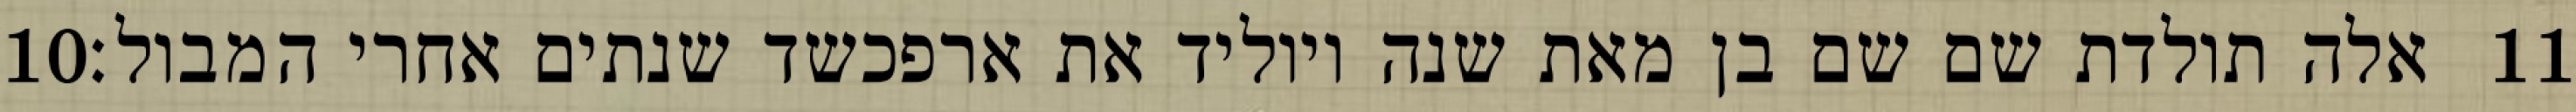
‎10‏ אלה תולדת שם שם בן מאת שנה ויוליד את ארפכשד שנתים אחרי המבול׃ ‎11‏